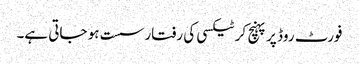
فورٹ روڈ پر پہنچ کر ٹیکسی کی رفتار سست ہو جاتی ہے۔